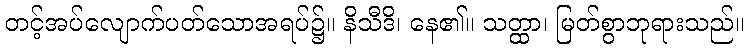
တင့်အပ်လျောက်ပတ်သောအရပ်၌။ နိသီဒိ၊ နေ၏။ သတ္ထာ၊ မြတ်စွာဘုရားသည်။